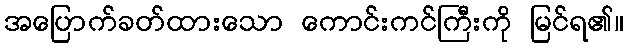
အပြောက်ခတ်ထားသော ကောင်းကင်ကြီးကို မြင်ရ၏။